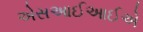
એસઆઈઆઈએ